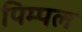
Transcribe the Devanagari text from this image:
पिम्पल